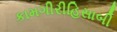
કામગીરીહિસાબી